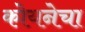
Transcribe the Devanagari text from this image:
कोयनेचा